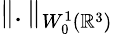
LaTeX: \| .\| _{W_{0}^{1}({\mathbb R}^{3})}